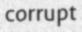
corrupt